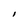
Character: I